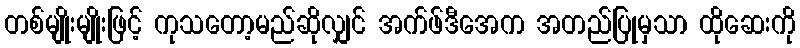
တစ်မျိုးမျိုးဖြင့် ကုသတော့မည်ဆိုလျှင် အက်ဖ်ဒီအေက အတည်ပြုမှသာ ထိုဆေးကို